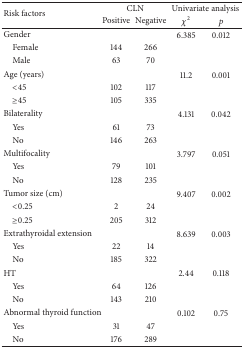
<table><thead><tr><td rowspan="2"><b>Risk factors</b></td><td colspan="2"><b>CLN</b></td><td colspan="2"><b>Univariate analysis</b></td></tr><tr><td><b>Positive</b></td><td><b>Negative</b></td><td><b><i>χ</i><sup>2</sup></b></td><td><b><i>p</i></b></td></tr></thead><tbody><tr><td>Gender</td><td> </td><td> </td><td>6.385</td><td>0.012</td></tr><tr><td> Female</td><td>144</td><td>266</td><td> </td><td> </td></tr><tr><td> Male</td><td>63</td><td>70</td><td> </td><td> </td></tr><tr><td>Age (years)</td><td> </td><td> </td><td>11.2</td><td>0.001</td></tr><tr><td> &lt;45</td><td>102</td><td>117</td><td> </td><td> </td></tr><tr><td> ≥45</td><td>105</td><td>335</td><td> </td><td> </td></tr><tr><td>Bilaterality</td><td> </td><td> </td><td>4.131</td><td>0.042</td></tr><tr><td> Yes</td><td>61</td><td>73</td><td> </td><td> </td></tr><tr><td> No</td><td>146</td><td>263</td><td> </td><td> </td></tr><tr><td>Multifocality</td><td> </td><td> </td><td>3.797</td><td>0.051</td></tr><tr><td> Yes</td><td>79</td><td>101</td><td> </td><td> </td></tr><tr><td> No</td><td>128</td><td>235</td><td> </td><td> </td></tr><tr><td>Tumor size (cm)</td><td> </td><td> </td><td>9.407</td><td>0.002</td></tr><tr><td> &lt;0.25</td><td>2</td><td>24</td><td> </td><td> </td></tr><tr><td> ≥0.25</td><td>205</td><td>312</td><td> </td><td> </td></tr><tr><td>Extrathyroidal extension</td><td> </td><td> </td><td>8.639</td><td>0.003</td></tr><tr><td> Yes</td><td>22</td><td>14</td><td> </td><td> </td></tr><tr><td> No</td><td>185</td><td>322</td><td> </td><td> </td></tr><tr><td>HT</td><td> </td><td> </td><td>2.44</td><td>0.118</td></tr><tr><td> Yes</td><td>64</td><td>126</td><td> </td><td> </td></tr><tr><td> No</td><td>143</td><td>210</td><td> </td><td> </td></tr><tr><td>Abnormal thyroid function</td><td> </td><td> </td><td>0.102</td><td>0.75</td></tr><tr><td> Yes</td><td>31</td><td>47</td><td> </td><td> </td></tr><tr><td> No</td><td>176</td><td>289</td><td> </td><td> </td></tr></tbody></table>